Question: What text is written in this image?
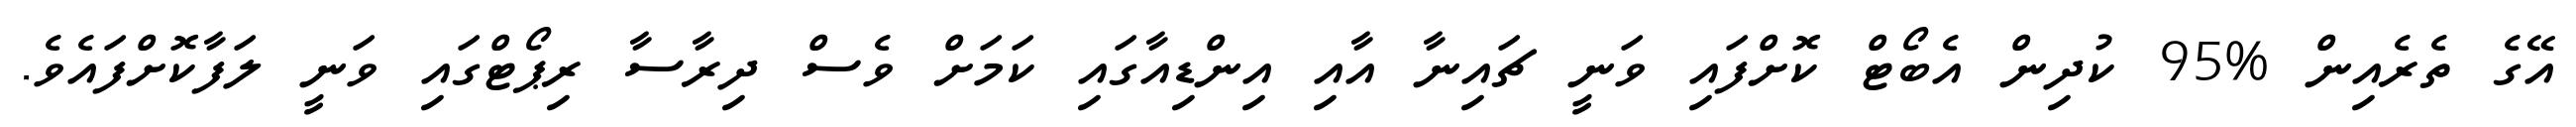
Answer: އޭގެ ތެރެއިން %95 ކުދިން އެބޯޓް ކޮށްފައި ވަނީ ޗައިނާ އާއި އިންޑިއާގައި ކަމަށް ވެސް ދިރާސާ ރިޕޯޓްގައި ވަނީ ލަފާކޮށްފައެވެ.